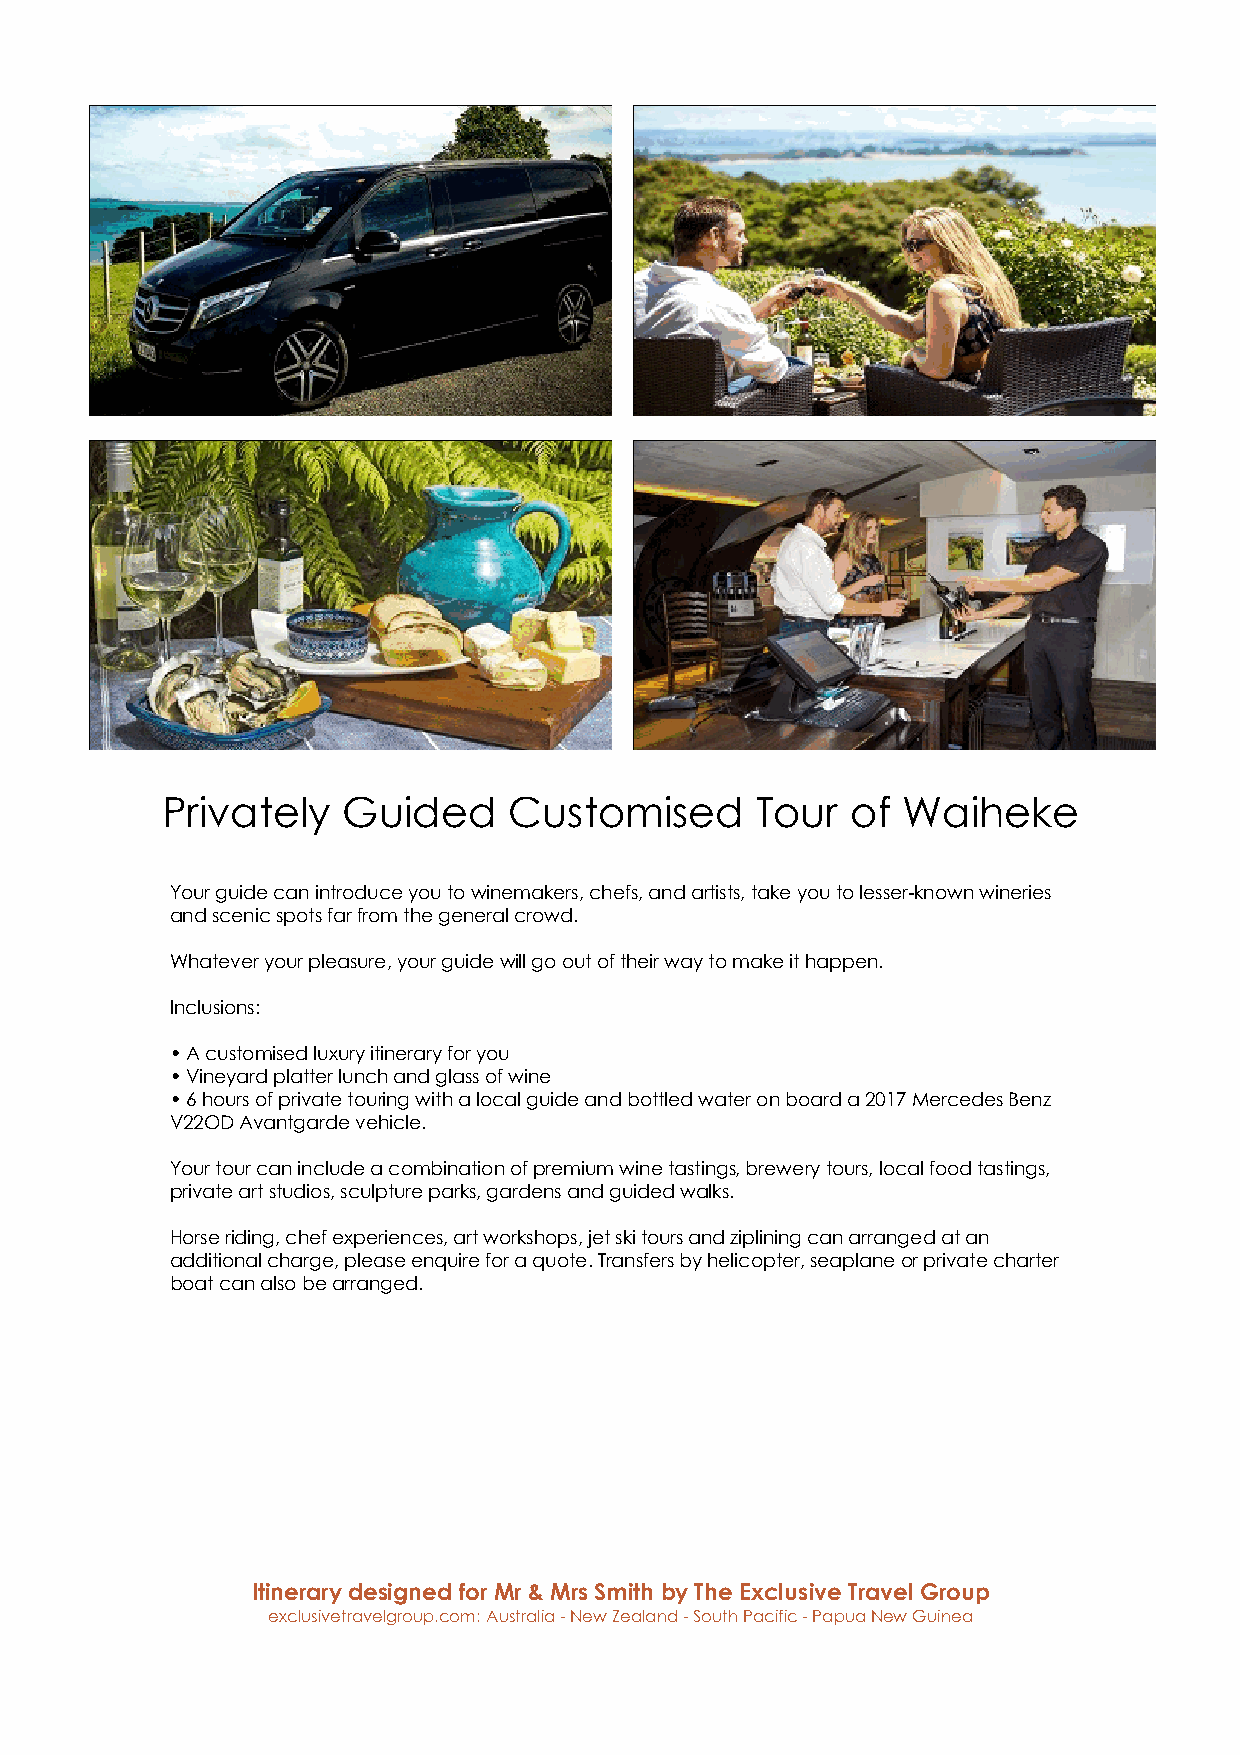
Privately   Guided     Customised      Tour  of  Waiheke
 Your guide can introduce you to winemakers, chefs, and artists, take you to lesser-known wineries
 and scenic spots far from the general crowd.
 Whatever your pleasure, your guide will go out of their way to make it happen.
 Inclusions:
 • A customised luxury itinerary for you
 • Vineyard platter lunch and glass of wine
 • 6 hours of private touring with a local guide and bottled water on board a 2017 Mercedes Benz
 V22OD Avantgarde vehicle.
 Your tour can include a combination of premium wine tastings, brewery tours, local food tastings,
 private art studios, sculpture parks, gardens and guided walks.
 Horse riding, chef experiences, art workshops, jet ski tours and ziplining can arranged at an
 additional charge, please enquire for a quote. Transfers by helicopter, seaplane or private charter
 boat can also be arranged.
 Itinerary designed for Mr & Mrs Smith by The Exclusive Travel Group
 exclusivetravelgroup.com: Australia - New Zealand - South Pacific - Papua New Guinea